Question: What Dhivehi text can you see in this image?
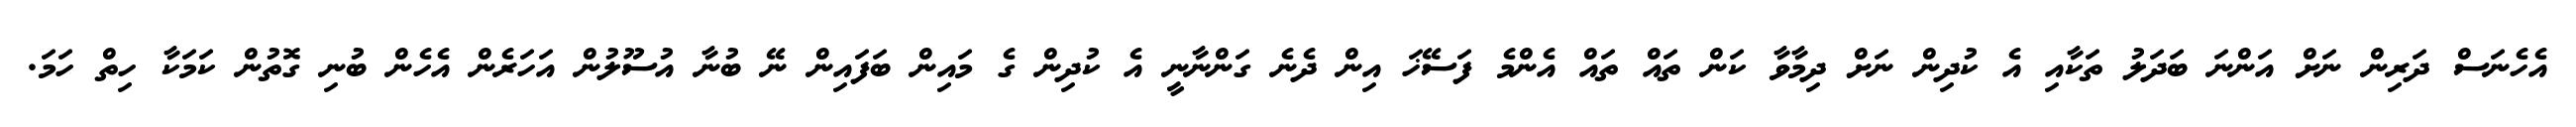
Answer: އެހެނަސް ދަރިން ނަށް އަންނަ ބަދަލު ތަކާއި އެ ކުދިން ނަށް ދިމާވާ ކަން ތައް ތައް އެންމެ ފަސޭޚަ އިން ދެނެ ގަންނާނީ އެ ކުދިން ގެ މައިން ބަފައިން ނޭ ބުނާ އުސޫލުން އަހަރެން އެހެން ބުނި ގޮތުން ކަމަކާ ހިތް ހަމަ.